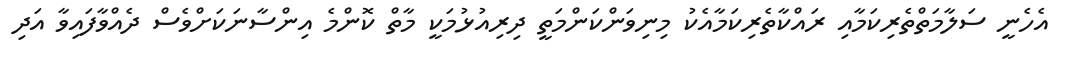
އެހެނީ ސަލާމަތްތެރިކަމާއި ރައްކާތެރިކަމާއެކު މިނިވަންކަންމަތީ ދިރިއުޅުމަކީ މާތް ކޮންމެ އިންސާނަކަށްވެސް ދެއްވާފައިވާ އަދި